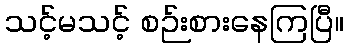
သင့်မသင့် စဉ်းစားနေကြပြီ။